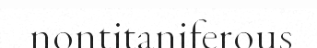
nontitaniferous